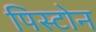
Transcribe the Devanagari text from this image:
पिस्टोन